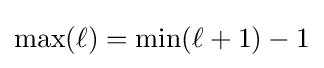
\mathrm {max} (\ell )=\mathrm {min} (\ell +1)-1